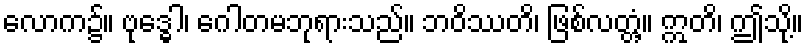
လောက၌။ ဗုဒ္ဓေါ၊ ဂေါတမဘုရားသည်။ ဘဝိဿတိ၊ ဖြစ်လတ္တံ့။ ဣတိ၊ ဤသို့။